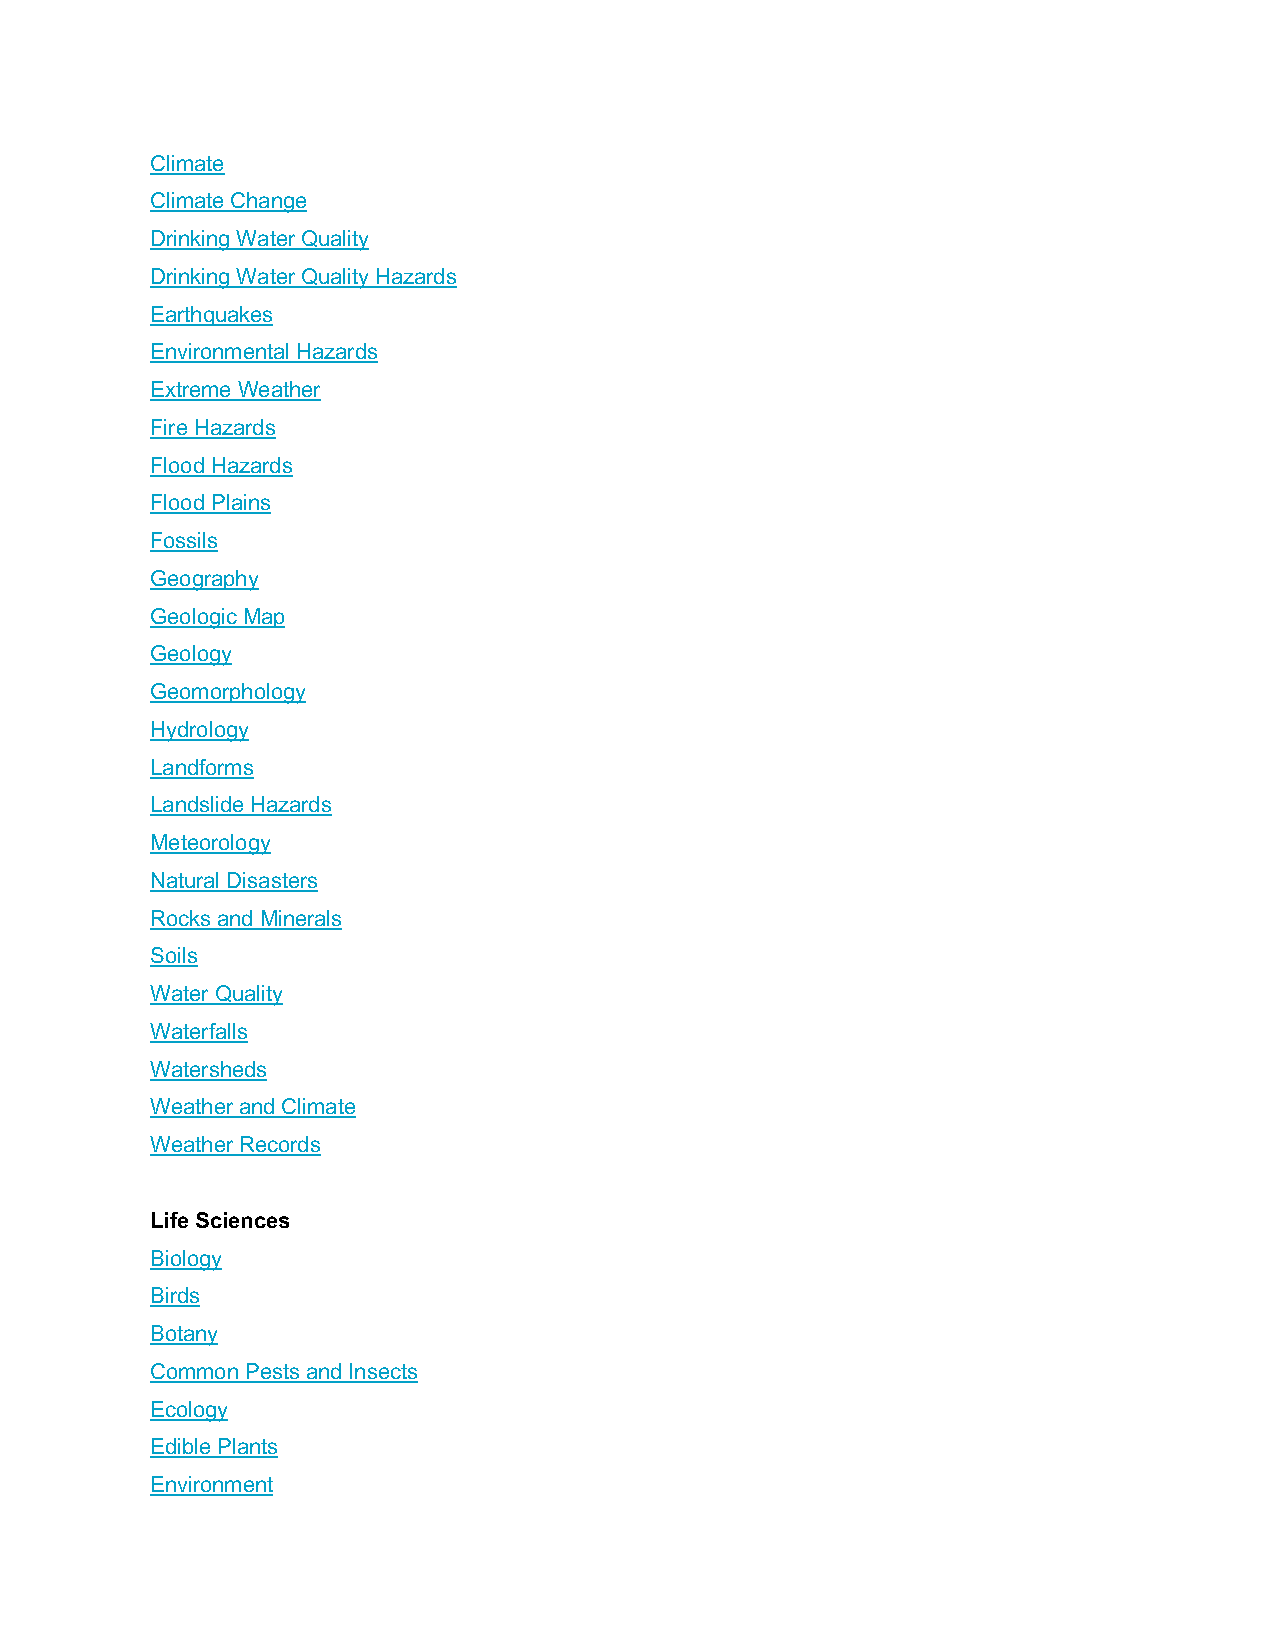
Climate
 Climate Change
 Drinking Water Quality
 Drinking Water Quality Hazards
 Earthquakes
 Environmental Hazards
 Extreme Weather
 Fire Hazards
 Flood Hazards
 Flood Plains
 Fossils
 Geography
 Geologic Map
 Geology
 Geomorphology
 Hydrology
 Landforms
 Landslide Hazards
 Meteorology
 Natural Disasters
 Rocks and Minerals
 Soils
 Water Quality
 Waterfalls
 Watersheds
 Weather and Climate
 Weather Records
 Life Sciences
 Biology
 Birds
 Botany
 Common Pests and Insects
 Ecology
 Edible Plants
 Environment